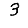
Digit: 3